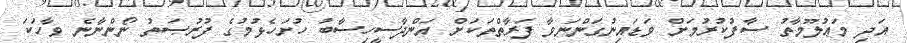
އަދި މަޢުލޫމާތު ސާފުކުރުމަށް ވަޑައިނުގަންނަވާ ފަރާތްތަކަށް އަންދާސީހިސާބު ހުށަހެޅުމުގެ ފުރުޞަތު ނޯންނާނެ ވާހަކަ